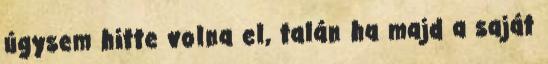
úgysem hitte volna el, talán ha majd a saját